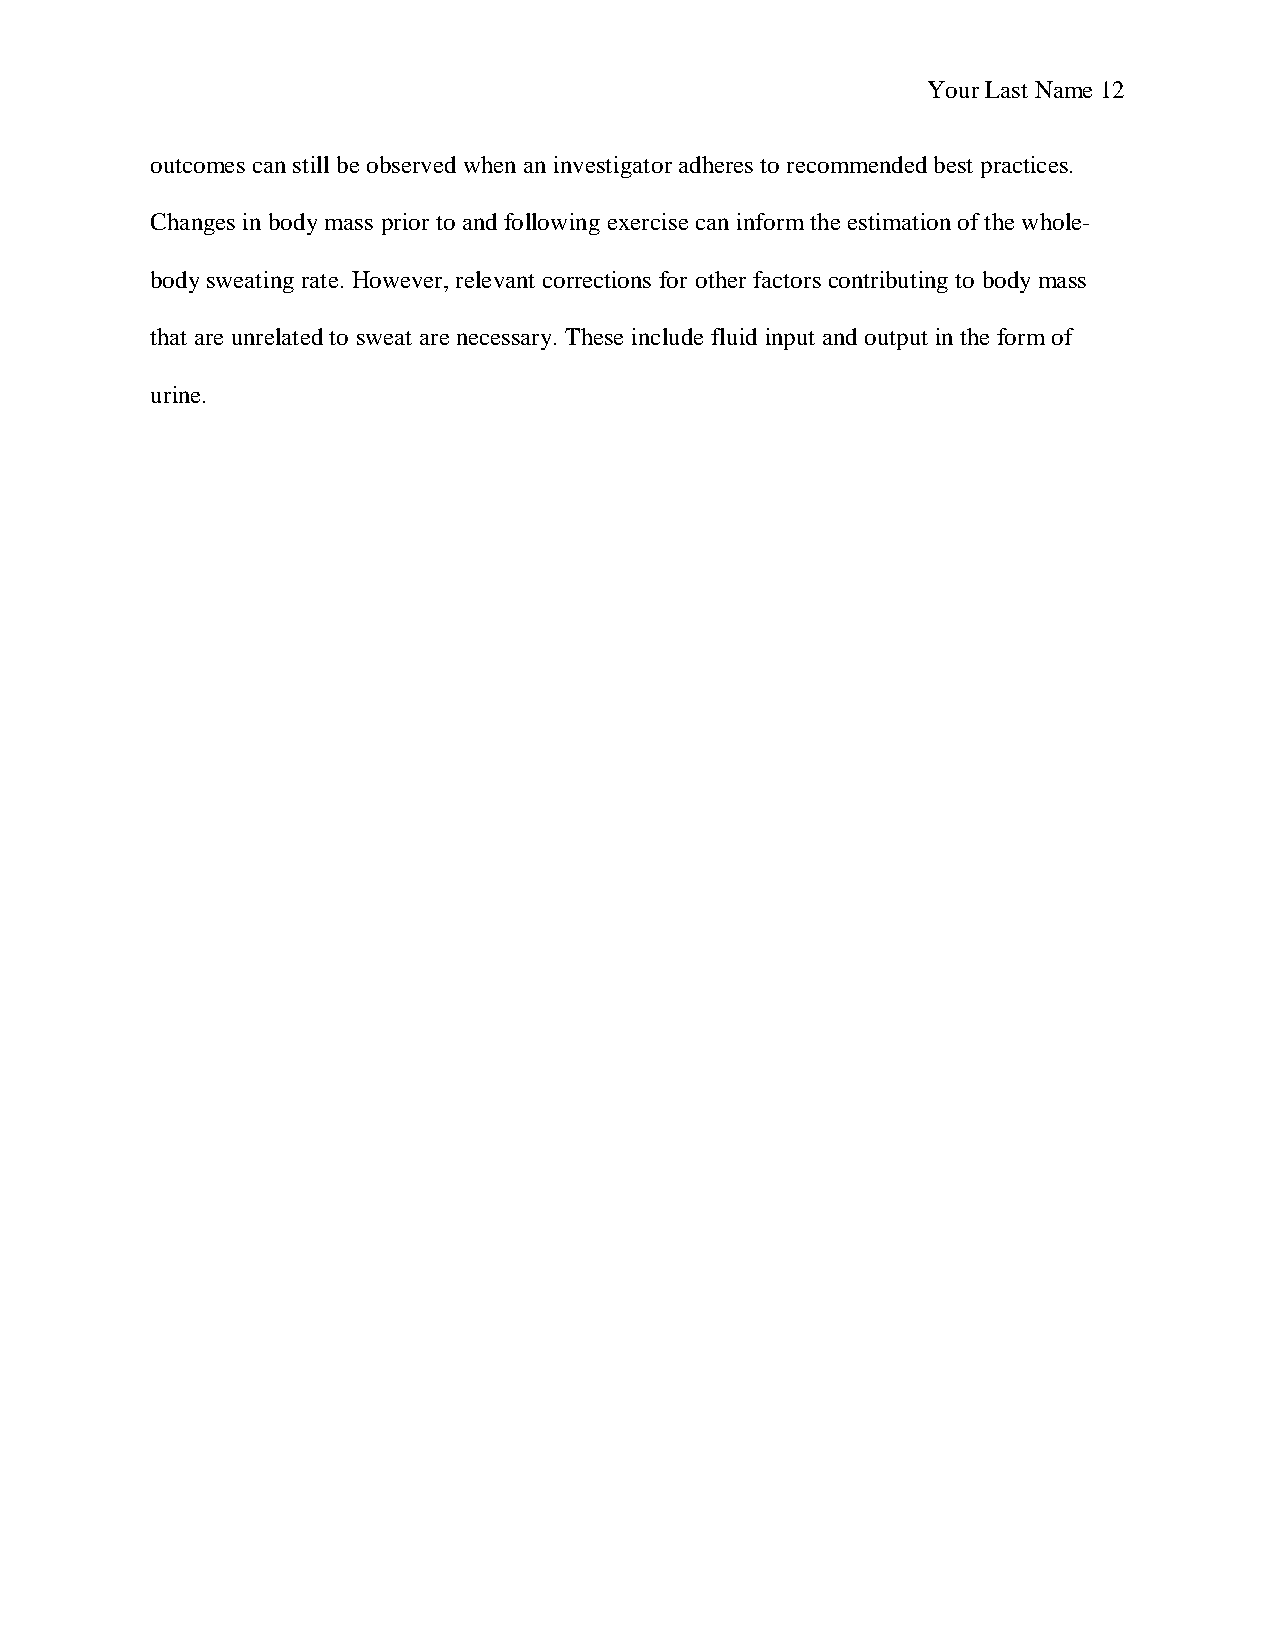
Your Last Name 12
 outcomes can still be observed when an investigator adheres to recommended best practices.
 Changes in body mass prior to and following exercise can inform the estimation of the whole-
 body sweating rate. However, relevant corrections for other factors contributing to body mass
 that are unrelated to sweat are necessary. These include fluid input and output in the form of
 urine.